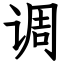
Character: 调